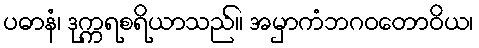
ပဓာနံ၊ ဒုက္ကရစရိယာသည်။ အမှာကံဘဂဝတောဝိယ၊